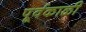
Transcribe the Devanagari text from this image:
पूर्वकाळी